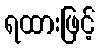
ရထားဖြင့်